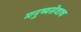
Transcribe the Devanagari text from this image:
मनुष्यसेवाच